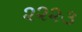
૨૨૨૩